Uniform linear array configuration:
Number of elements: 4
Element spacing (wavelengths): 0.75
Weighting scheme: exponential
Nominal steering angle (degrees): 15
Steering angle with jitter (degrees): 16.097
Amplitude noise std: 0.05
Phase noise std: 0.05

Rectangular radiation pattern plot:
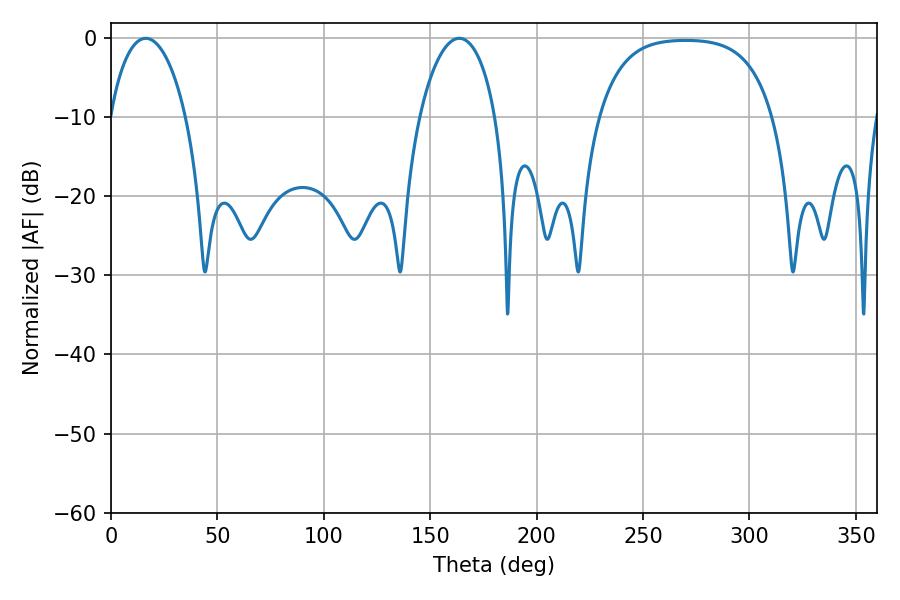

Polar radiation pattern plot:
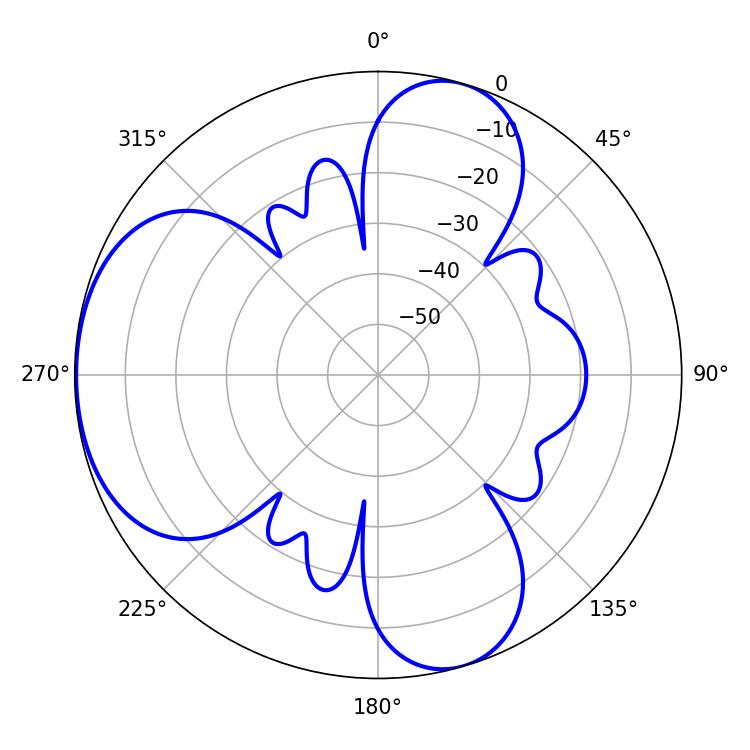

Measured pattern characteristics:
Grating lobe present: TRUE
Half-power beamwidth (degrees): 20.34
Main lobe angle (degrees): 16.38